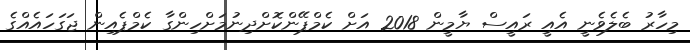
މިހާރު ބެލެވެނީ އެއީ ރައީސް ޔާމީން 2018 އަށް ކެމްޕޭންކޮށްދިނުމަށްހިންގާ ކެމްޕެއިން ޖަގަހައެއްގެ